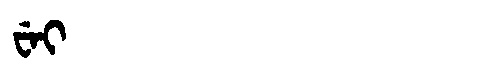
Manchu: ᠸᡝᡳ
Romanization: WEI